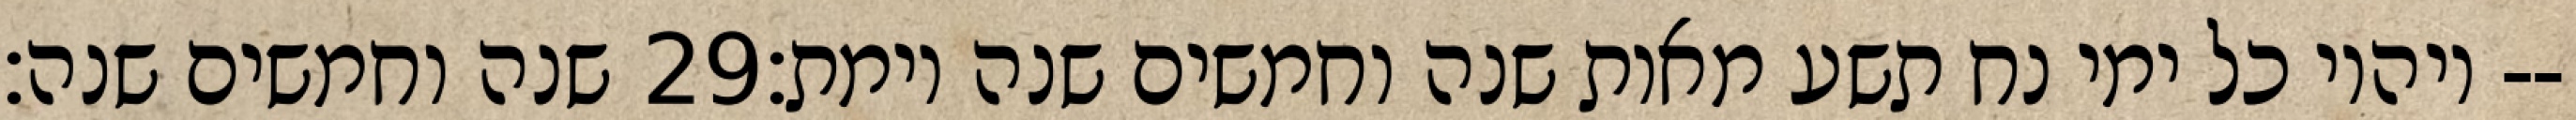
שנה וחמשים שנה׃ ‎29‏ ויהיו כל ימי נח תשע מאות שנה וחמשים שנה וימת׃--